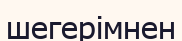
шегерімнен